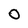
Character: O